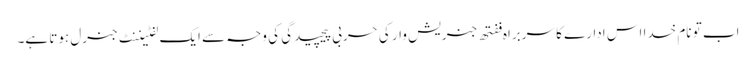
اب تو نام خدا اس ادارے کا سربراہ ففتھ جنریش وار کی حربی پیچیدگی کی وجہ سے ایک لفٹیننٹ جنرل ہوتا ہے۔